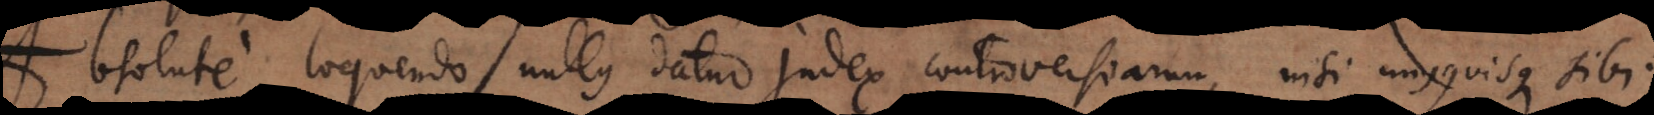
Absolute loquendo nullus datur judex controversiarum, nisi unusquisque